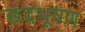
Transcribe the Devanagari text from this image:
छंदभूषण